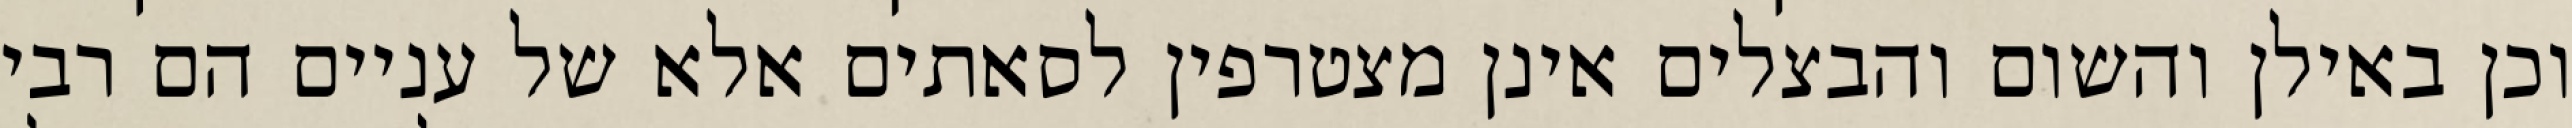
וכן באילן והשום והבצלים אינן מצטרפין לסאתים אלא של עניים הם רבי